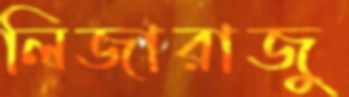
লিজারাজু